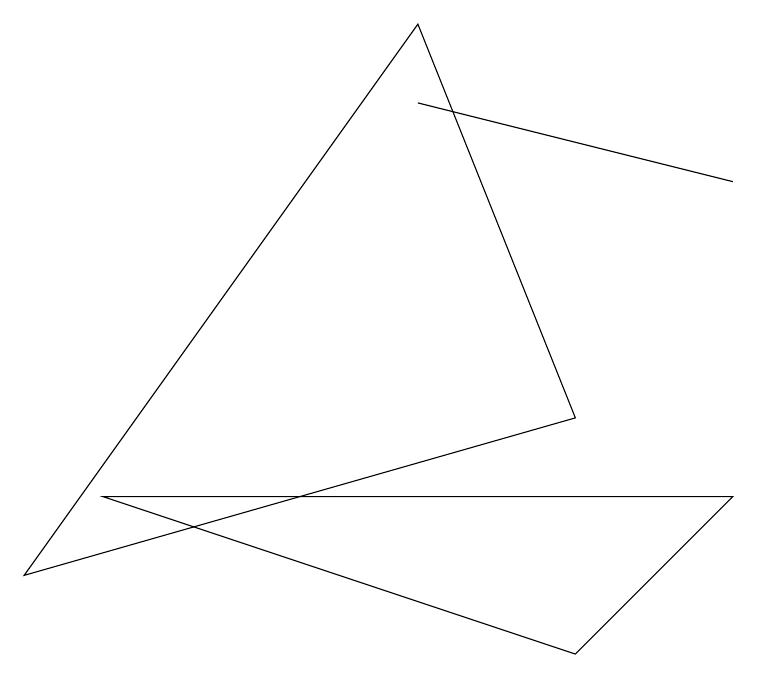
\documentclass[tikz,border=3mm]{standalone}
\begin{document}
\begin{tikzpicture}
\draw (7,0) -- (1,2) -- (9,2) -- cycle;
\draw (9,6) -- (5,7) -- (5,7) -- cycle;
\draw (7,3) -- (0,1) -- (5,8) -- cycle;
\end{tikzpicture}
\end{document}